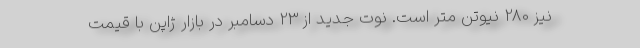
نیز 280 نیوتن متر است. نوت جدید از 23 دسامبر در بازار ژاپن با قیمت